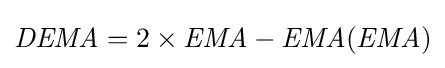
{\textit {DEMA}}=2\times {\textit {EMA}}-{\textit {EMA}}({\textit {EMA}})